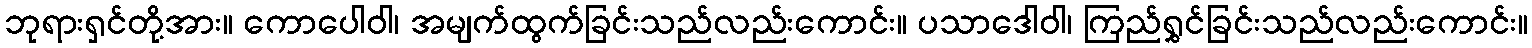
ဘုရားရှင်တို့အား။ ကောပေါဝါ၊ အမျက်ထွက်ခြင်းသည်လည်းကောင်း။ ပသာဒေါဝါ၊ ကြည်ရွှင်ခြင်းသည်လည်းကောင်း။